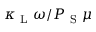
\kappa _ { \mathrm { ~ L ~ } } \omega / P _ { \mathrm { ~ S ~ } } \mu